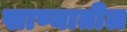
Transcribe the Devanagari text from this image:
खाण्यातील